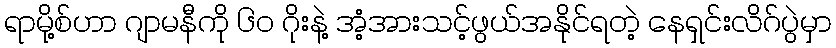
ရာမို့စ်ဟာ ဂျာမနီကို ၆၀ ဂိုးနဲ့ အံ့အားသင့်ဖွယ်အနိုင်ရတဲ့ နေရှင်းလိဂ်ပွဲမှာ